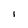
Character: I